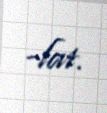
-lat.